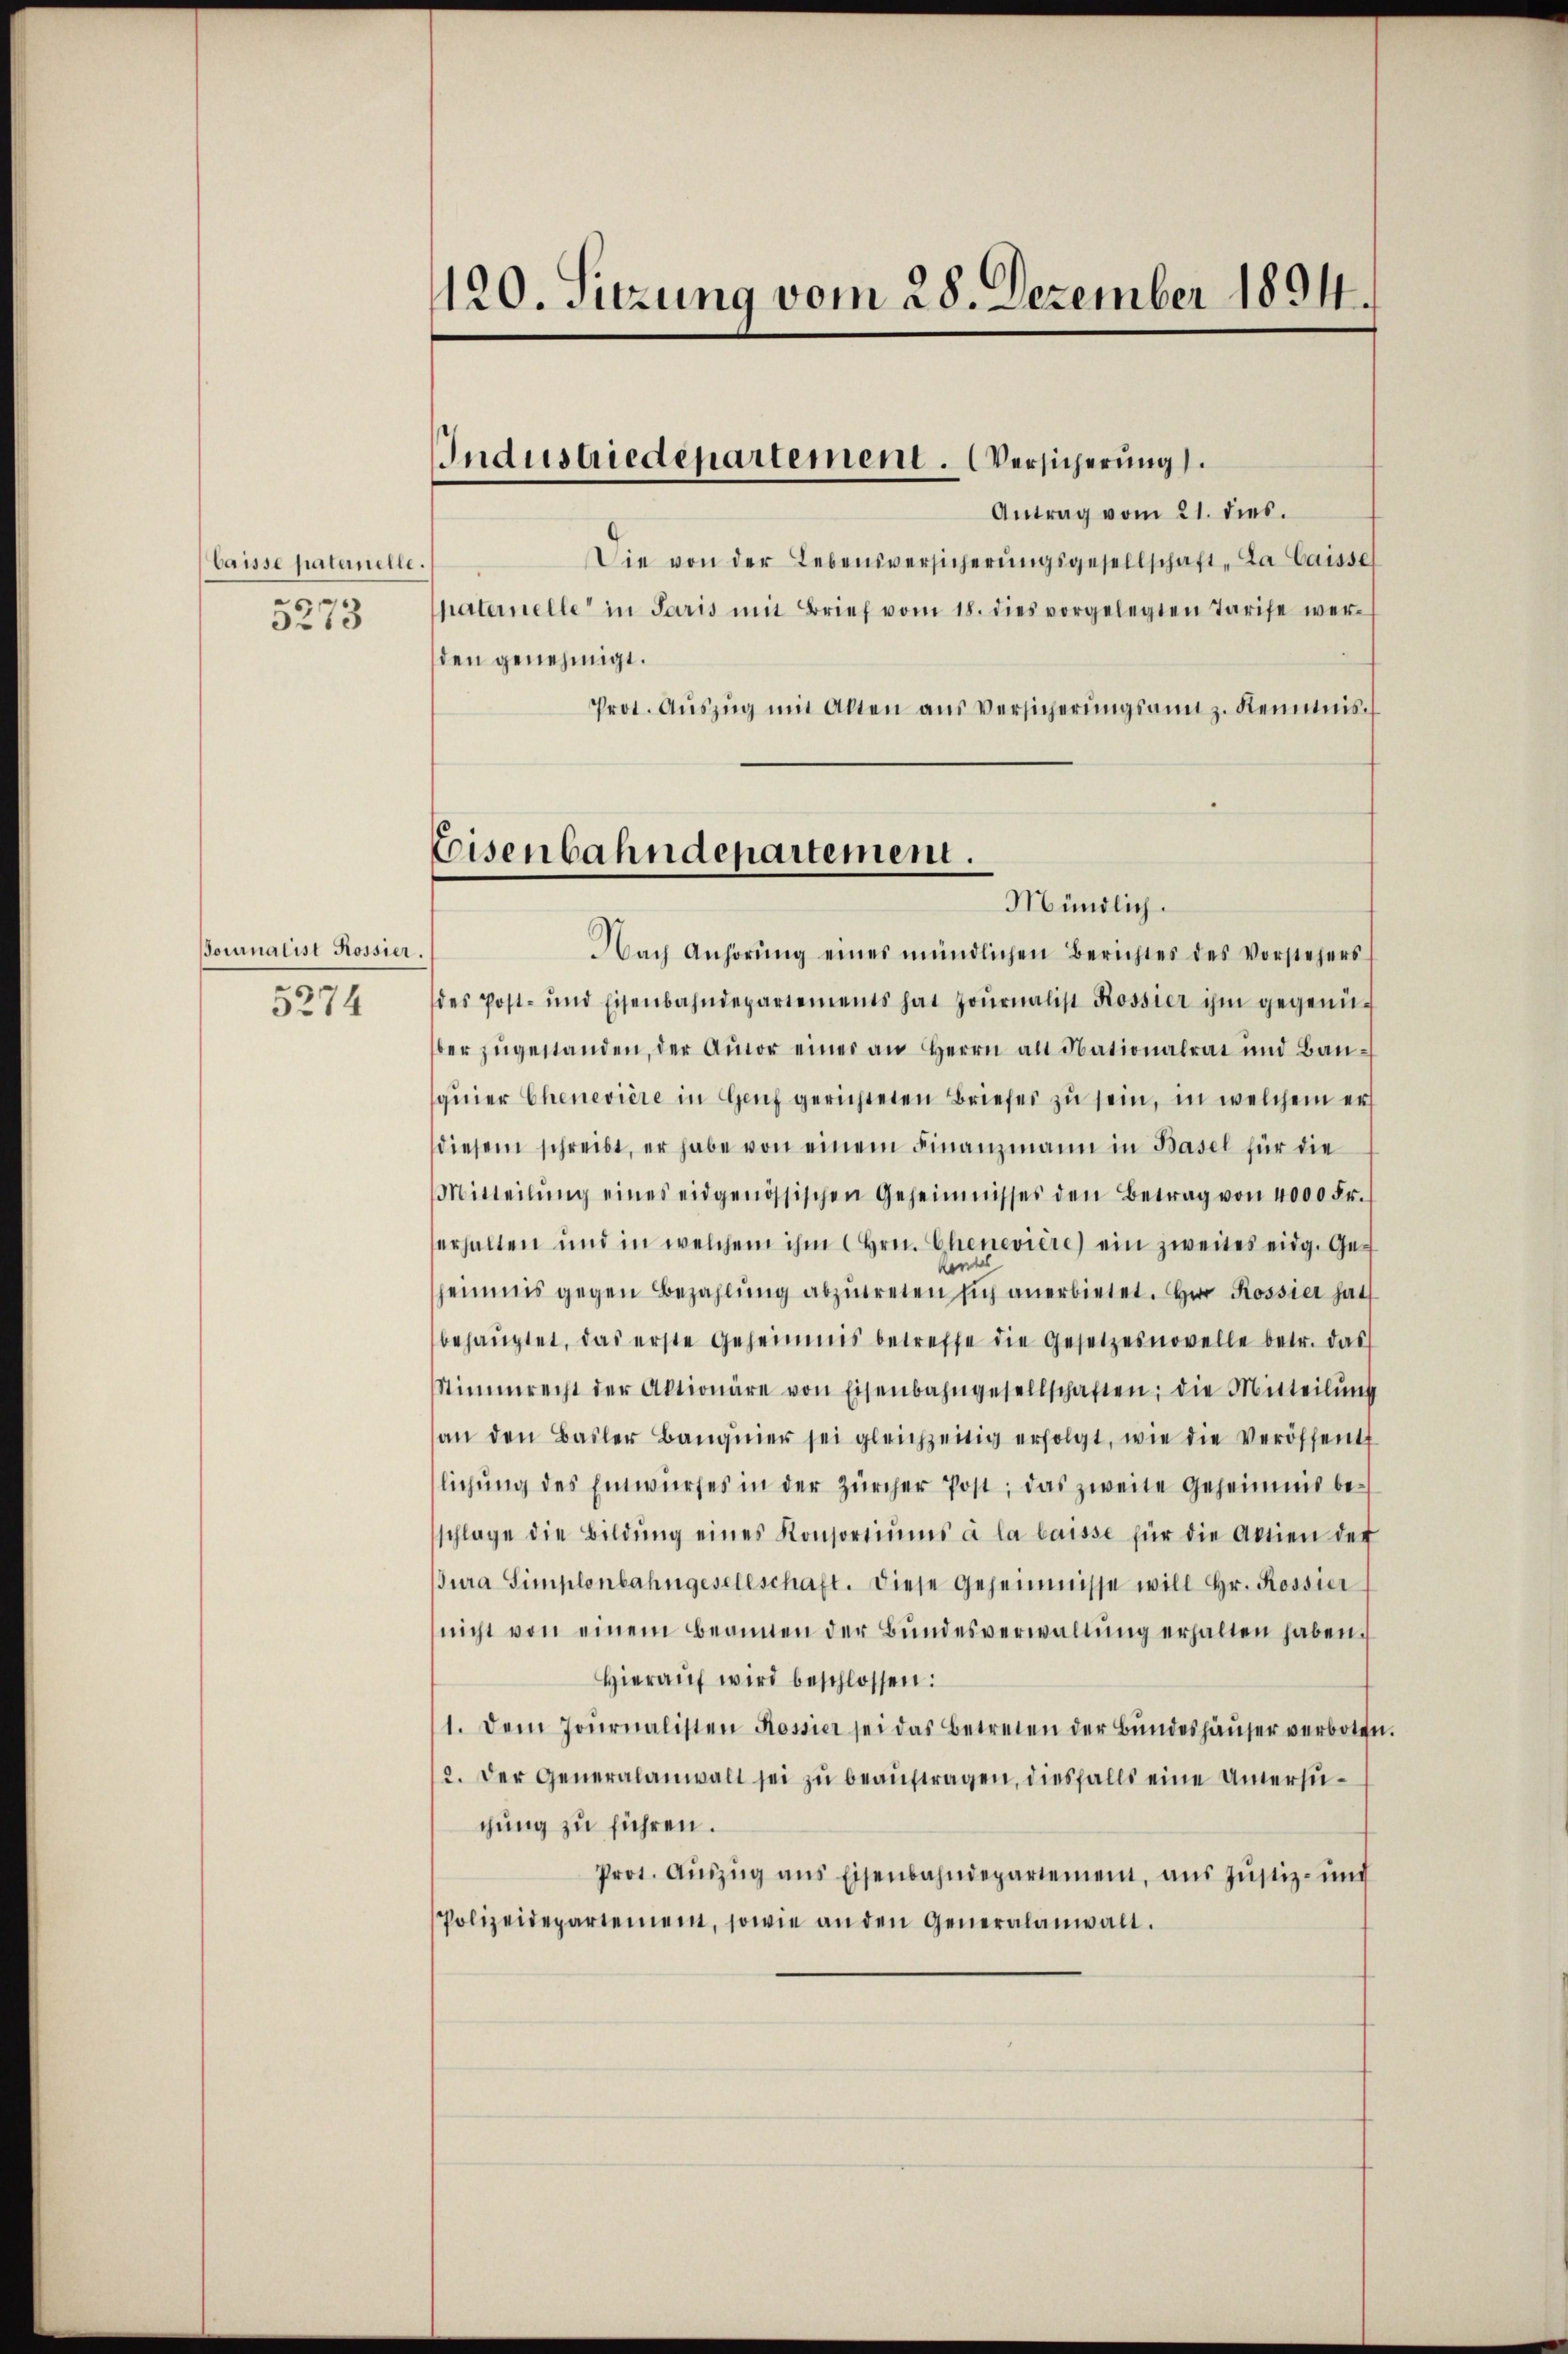
baisse paternelle.
5273

ournalist Rossier.
5274

120. Sitzung vom 28. Dezember 1894.

Industriedepartement. Versicherung.

Antrag vom 21. dies.
Die von der Lebensversicherŭngsgesellschaft „La Caisse
paternelle in Paris mit Brief vom 18. dies vorgelegten Tarife wer-
den genehmigt.
Prot. Aŭszŭg mit Alten aus Versicherŭngsanz. Reinis
Nach Anhörŭng eines mündlichen Berichtes des Vorstehers
des Post- und Eisenbahndepartements hat Journalist Rossier ihm gegenü-
ber zŭgestanden, der Autor einer an Herrn alt dationalrat und Baŭ-
quier Chenevière in Genf gerichteten Briefes zu sein, in welchem er
diesem schreibt, er habe von einem Finanzmann in Basel für die
Mitteilŭng eines eidgenössischen Geheimnisses den Betrag von 4000 Fr.
erhalten und in welchem ihm Hrn. Chenevière) ein zweites eidg. Geeinmis gegen Bezahlŭng abzŭtreten sich anerbietet. Herr Rossier hat
behauptet, das erste Geheimnis betreffe die Gesetzesnovelle betr. das
Stimmrecht der Aktionäre von Eisenbahngesellschaften; die Mitteilung
an den Basler Banquier sei gleichzeitig erfolgt, wie die Veröffent
lichŭng des Entwurfes in der Zürcher Post, das zweite Geheimnis be-
schlage die Bildŭng eines Konsortiŭms à la laisse für die Aktien der
ura Simplonbahngesellschaft. Diese Geheimnisse will hr. Rossier
nicht von einem Beamten der Bŭndesverwaltŭng erhalten haben.
Hieraŭf wird beschlossen:
1. Dem Journalisten Rossier sei das Betreten der Bŭndeshäŭser verbote
2. Der Generalanwalt sei zŭ beaŭftragen, diesfalls eine Untersuchung zu führen.
Prot. Aŭszŭg ans Eisenbahndepartement, aŭs Jŭstiz- und
Polizeidepartemen, sowie an den Generalanwalt.

Eisenbahndepartement.
Mündlich.